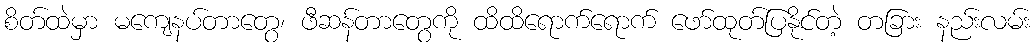
စိတ်ထဲမှာ မကျေနပ်တာတွေ၊ ဖီဆန်တာတွေကို ထိထိရောက်ရောက် ဖော်ထုတ်ပြနိုင်တဲ့ တခြား နည်းလမ်း